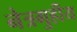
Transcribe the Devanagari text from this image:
नेत्रगुहीय